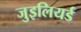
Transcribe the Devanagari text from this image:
जुइलियर्ड